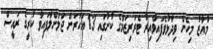
މުއާޒު މިހެން ވިދާޅުވެފައިވާއިރު ޓެރަރިޒަމްގެ ކުށުގައި 13 އަހަރަށް ޖަލަށްލާފައިވާ ކުރީގެ ރައީސް